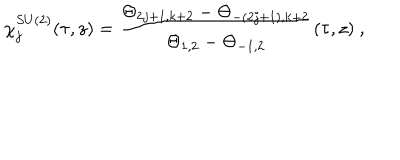
\chi _ { j } ^ { S U ( 2 ) } ( \tau , z ) = \frac { \Theta _ { 2 j + 1 , k + 2 } - \Theta _ { - ( 2 j + 1 ) , k + 2 } } { \Theta _ { 1 , 2 } - \Theta _ { - 1 , 2 } } ( \tau , z ) ~ ,